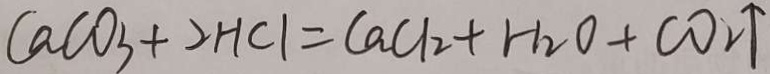
C a C O _ { 3 } + 2 H C l = C a C l _ { 2 } + H _ { 2 } O + C O _ { 2 } \uparrow